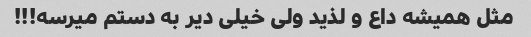
مثل همیشه داع و لذید ولی خیلی دیر به دستم میرسه!!!